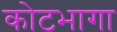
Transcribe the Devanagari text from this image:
कोटभागा